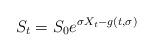
LaTeX: \begin{align*} S_t = S_0e^{\sigma X_t - g(t,\sigma)}\end{align*}